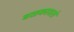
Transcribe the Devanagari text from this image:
बळकावतो